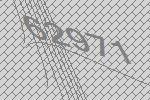
62971